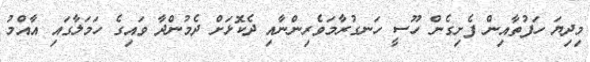
މިދިޔަ ހަފުތާއިން ފެށިގެން ހޫސީ ހަނގުރާމަވެރިންނާއި ދެކޮޅަށް ދެމުންދާ ވައިގެ ހަމަލާގައި އާއްމު